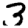
Digit: 3